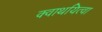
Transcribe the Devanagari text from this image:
क्वाथयित्वा